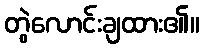
တွဲလောင်းချထား၏။